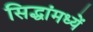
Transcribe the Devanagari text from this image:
सिद्धांमध्यें